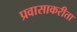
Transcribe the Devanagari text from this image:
प्रवासाकरीता